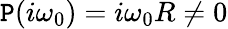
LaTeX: \mathtt{P}(i\omega_{0})=i\omega_{0}R\neq0